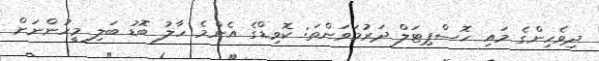
ދިވެހިންގެ މައި ހޮސްޕިޓަލް ދަރުމަވަންތަ: ކޮވިޑްގެ އެންމެ ހާލު ބޮޑު ބަލި މީހުންނަށް